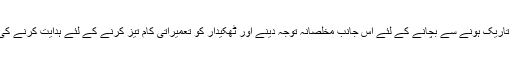
لہذا طلباء کا مستقبل تاریک ہونے سے بچانے کے لئے اس جانب مخلصانہ توجہ دینے اور ٹھکیدار کو تعمیراتی کام تیز کرنے کے لئے ہدایت کرنے کی اشد ضرورت ہے ۔